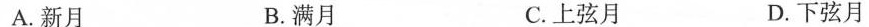
A.新月 B.满月 C.上弦月 D.下弦月